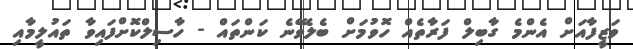
ވަޒީފާއަށް އެންމެ ގާބިލް ފަރާތެއް ހޮވުމަށް ބެލެވޭނެ ކަންތައް - ހާސިލްކޮށްފައިވާ ތައުލީމާއި